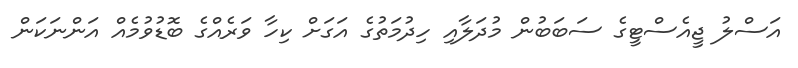
އަސްލު ޖީއެސްޓީގެ ސަބަބުން މުދަލާއި ހިދުމަތުގެ އަގަށް ކިހާ ވަރެއްގެ ބޮޑުވުމެއް އަންނަކަން